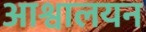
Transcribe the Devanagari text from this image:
आश्वालयन